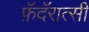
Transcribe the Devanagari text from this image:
फ़ॅदॅरात्सी